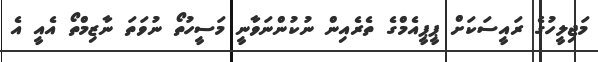
މަޖިލީހުގެ ރައީސަކަށް ޕީޕީއެމްގެ ތެރެއިން ނުކުންނަވާނީ މަސީހުތޯ ނުވަތަ ނާޒިމްތޯ އެއީ އެ